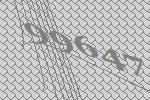
99647